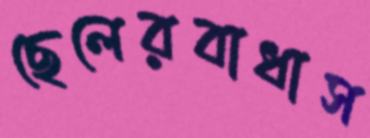
ছেলেরবাধাস